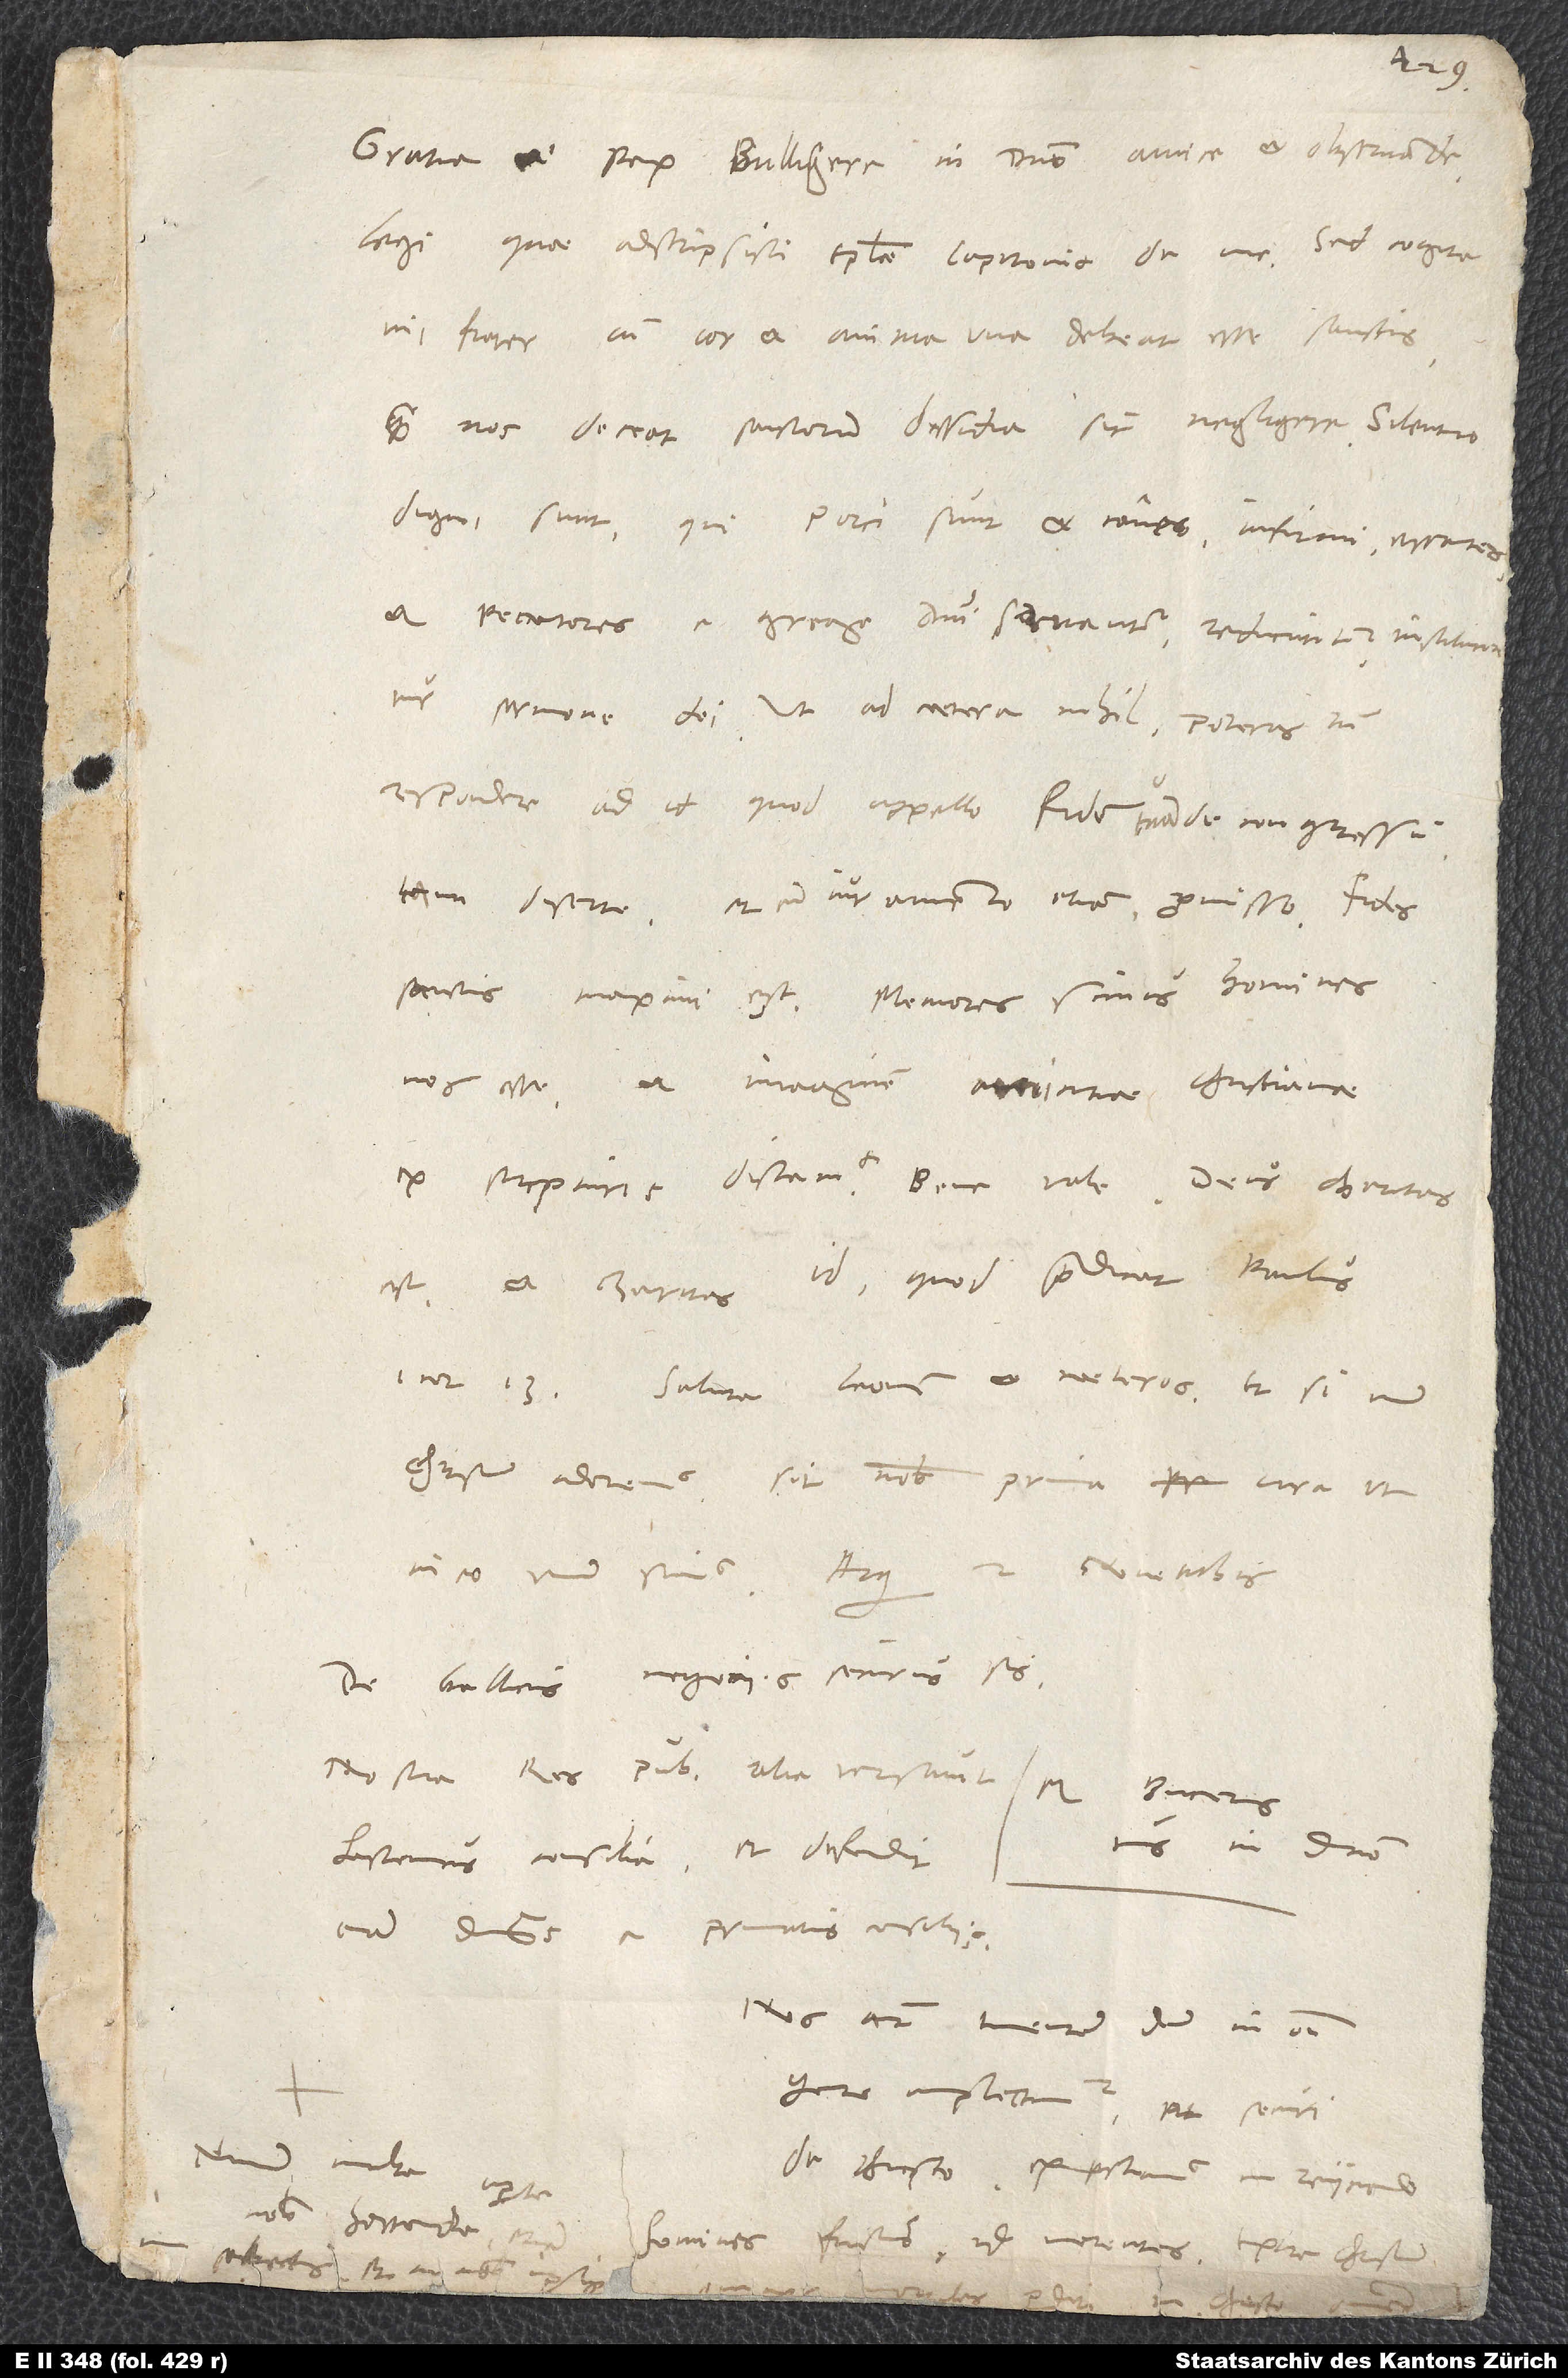
Gratia et pax, Bullingere in domino amice et observande.
Legi, quae adscripsisti epistolae Capitonis de me. Sed cogita,
mi frater, cum cor et anima una debeat esse sanctis,
quam nos deceat sanctorum dissidia sic negligere. Silentio
digni sunt, qui porci sunt et canes; infirmi, errantes
et peccatores e grege domini servantur, reducuntur, instituuntur
respondere ad id, quod appello fidem tuam de congressu
tam diserte et cum iuramento etiam promisso. Fides
sanctis maximi est. Memores simus homines
nos esse et imaginem amicitiae christianae
est et charitas id, quod praedicat Paulus
Cor. 13. Saluta Leonem et caeteros, et si unum
Christum adoremus, sit nobis prima cura, ut
De gallicis negociis securus sis.
Nostra respublica alia versavit hactenus
tuus in domino.
eam dominus a privatis consiliis.
Nos autem timentem deum in omni
amplectimur et securi
Nam multa aperte
de Christo expectamus in reiiciendo
nobis hortanda etiam
homines fructus id merentes. Extra Christum
in Christo